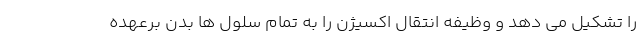
را تشکیل می دهد و وظیفه انتقال اکسیژن را به تمام سلول‌ ها بدن برعهده